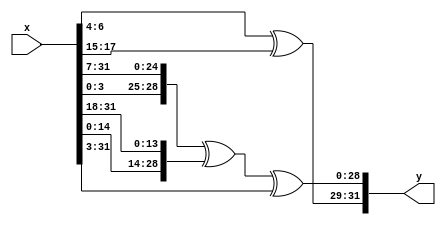
module s0 (x, y);
    input [31:0] x;
    output [31:0] y;
    assign y[31:29] = x[6:4] ^ x[17:15];
    assign y[28:0] = {x[3:0], x[31:7]} ^ {x[14:0], x[31:18]} ^ x[31:3];
endmodule